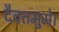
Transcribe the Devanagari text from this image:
दैवतमुमे।